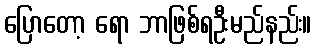
ပြောတော့ ရော ဘာဖြစ်ရဦးမည်နည်း။